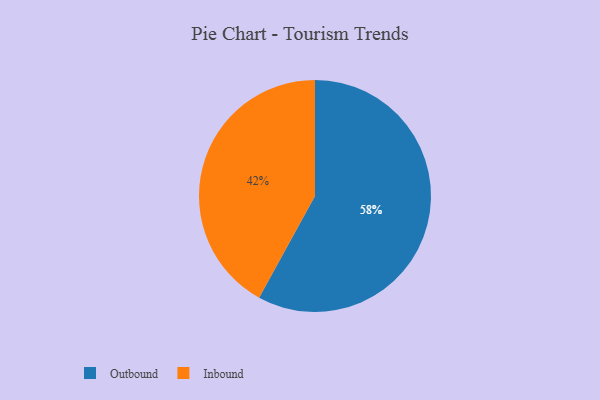
{"axis": {"x": "Category", "y": "Percentage"}, "legend": ["Inbound", "Outbound"], "data": [{"x": "Inbound", "y": 42, "type": "Inbound"}, {"x": "Outbound", "y": 58, "type": "Outbound"}]}